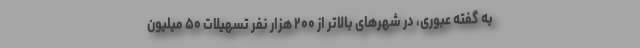
به گفته عبوری، در شهرهای بالاتر از ۲۰۰ هزار نفر تسهیلات ۵۰ میلیون